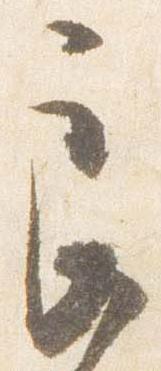
良